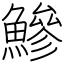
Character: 鰺